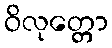
ဝိလုတ္တော